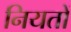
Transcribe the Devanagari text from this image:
नियतों